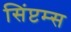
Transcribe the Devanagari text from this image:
सिंप्टम्स